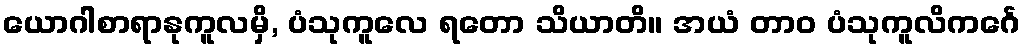
ယောဂါစာရာနုကူလမှိ, ပံသုကူလေ ရတော သိယာတိ။ အယံ တာဝ ပံသုကူလိကင်္ဂေ